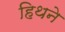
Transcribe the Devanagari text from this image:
हिथने